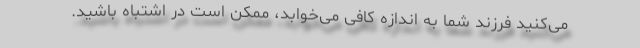
می‌کنید فرزند شما به اندازه کافی می‌خوابد، ممکن است در اشتباه باشید.